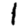
Digit: 1